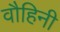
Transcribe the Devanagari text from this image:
वौहिनी